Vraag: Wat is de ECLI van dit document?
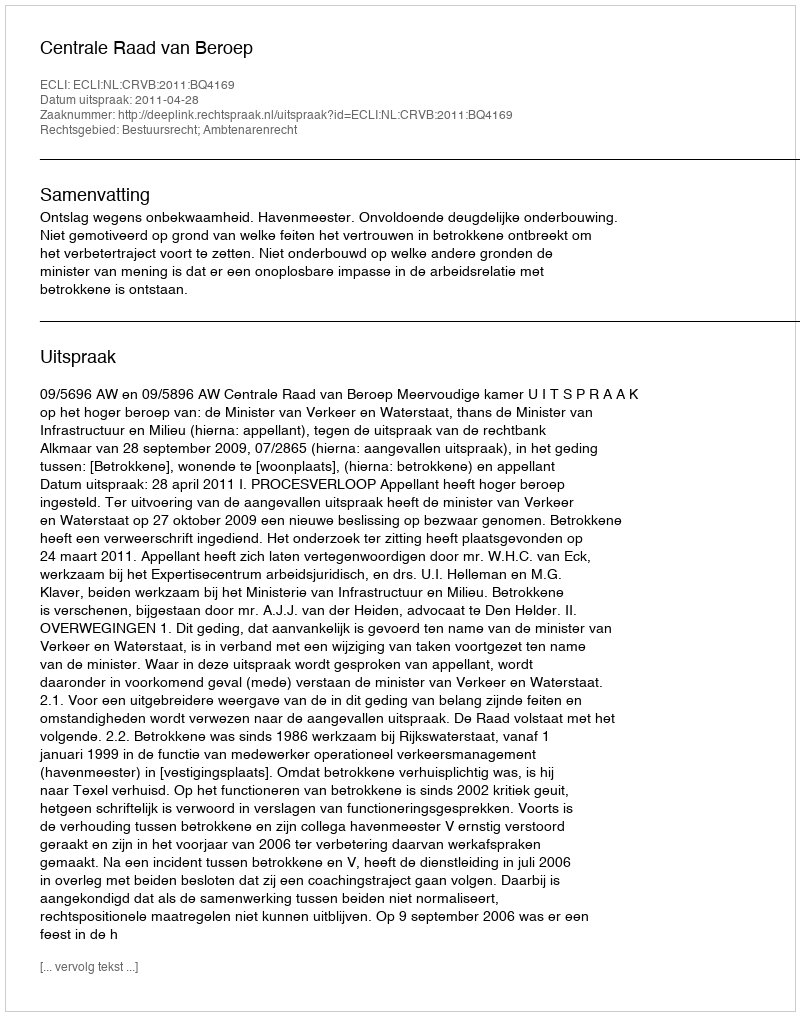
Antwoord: ECLI:NL:CRVB:2011:BQ4169